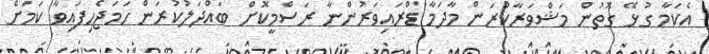
އެކަމާ ގުޅޭ ގޮތުން މަޝްވަރާކުރަން މާދަމާ ޑްރައިވަރުންނާ ރަސްމީކޮށް ބައްދަލުކުރަން ހަމަޖެހިފައިވާ ކަމަށް